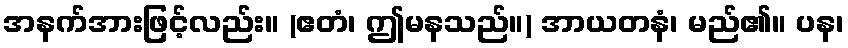
အနက်အားဖြင့်လည်း။ (ဧတံ၊ ဤမနသည်။) အာယတနံ၊ မည်၏။ ပန၊